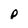
Character: p